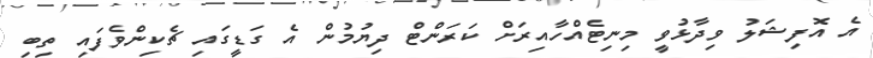
އެ އޮފިޝަލު ވިދާޅުވީ މިނިޓެއްހާއިރަށް ކަރަންޓް ދިޔުމުން އެ ގަޑީގައި ޗެކިންވެފައި ތިބި